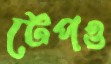
টেপও